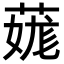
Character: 䓼